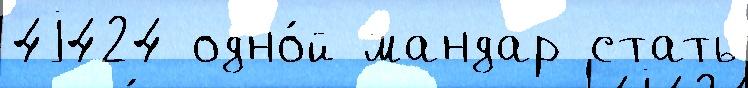
4j424 одно́й мандар стать